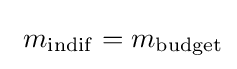
\ m_{\mathrm {indif} }=m_{\mathrm {budget} }